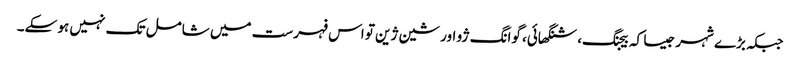
جبکہ بڑے شہر جیسا کہ بیجنگ، شنگھائی، گوانگ ژو اور شین ژین تو اس فہرست میں شامل تک نہیں ہو سکے۔